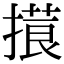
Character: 𢳑